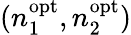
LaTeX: (n_{1}^{\mathrm{opt}},n_{2}^{\mathrm{opt}})